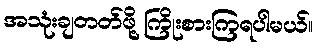
အသုံးချတတ်ဖို့ ကြိုးစားကြရပါမယ်။